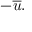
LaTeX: - { \overline { { u } } } .